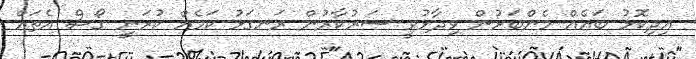
އިދިކޮޅު ބައެއް މެންބަރުން ވިދާޅުވީ ސަރުކާރުން ރަނގަޅު ކަމެއް ކުރަނީ ގޯސް އެތައް